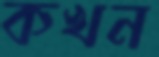
কখন